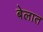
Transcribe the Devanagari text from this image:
बेलात